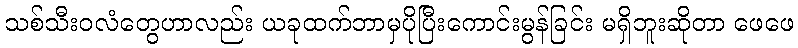
သစ်သီးဝလံတွေဟာလည်း ယခုထက်ဘာမှပိုပြီးကောင်းမွန်ခြင်း မရှိဘူးဆိုတာ ဖေဖေ